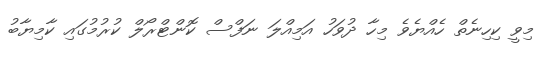
މިވީ ކިހިނެތް ހެއްޔެވެ މިހާ ދުވަހު އަމިއްލަ ނަފްސް ކޮންޓްރޯލް ކުރުމުގައި ކާމިޔާބު